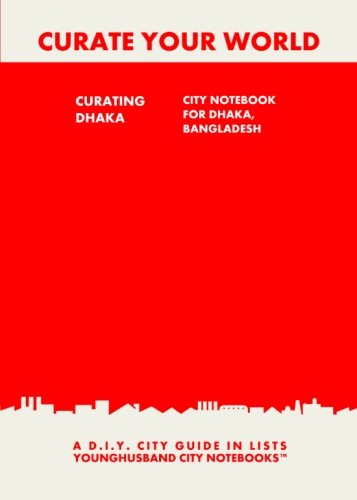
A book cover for Curating Dhaka: City Notebook For Dhaka, Bangladesh: A D.I.Y. City Guide In Lists (Curate Your World); Younghusband City Notebooks; Travel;